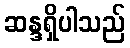
ဆန္ဒရှိပါသည်